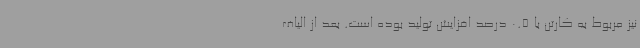
نیز مربوط به کارتن با 0.5 درصد افزایش تولید بوده است. بعد از الیاف